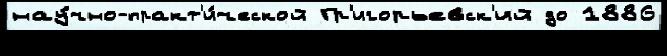
нау́чно-практ'и́ческой Гр'игорьевск'ий до 1886